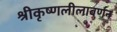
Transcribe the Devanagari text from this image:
श्रीकृष्णलीलावर्णन